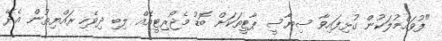
"ފުވައްމުލަކުން ގުޅިފައިވާ ސިޔާސީ ޕާޓީތަކަށް ބޮޑު މެޖޯރިޓީއެއް ލިބި ދިވެހި ރައްޔިތުން އެދޭ